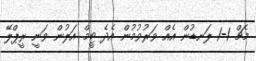
މެޗް 1-1 ލަނޑުން އެއް ވަރުވުމުން އެދެ ޓީމް އަލުން ވަނީ ރީޕްލޭ